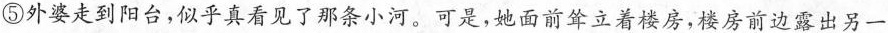
⑤外婆走到阳台，似乎真看见了那条小河。可是，她面前耸立着楼房，楼房前边露出另一